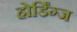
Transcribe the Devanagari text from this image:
होर्डिंग्ज